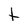
Character: t